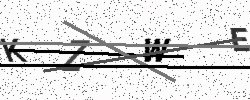
Text: KZWE